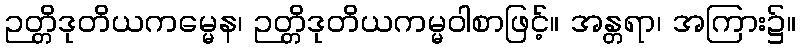
ဉတ္တိဒုတိယကမ္မေန၊ ဉတ္တိဒုတိယကမ္မဝါစာဖြင့်။ အန္တရာ၊ အကြား၌။